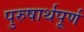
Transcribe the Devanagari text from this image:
पुरुषार्थपूर्ण